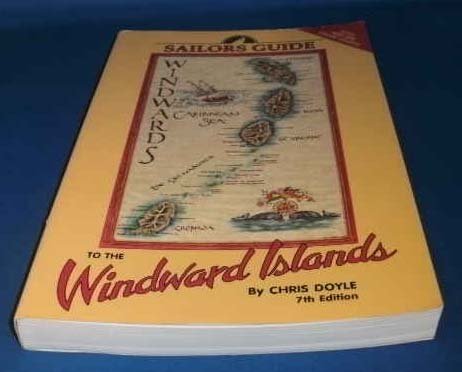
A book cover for Sailor's Guide to the Windward Islands; Chris Doyle; Travel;